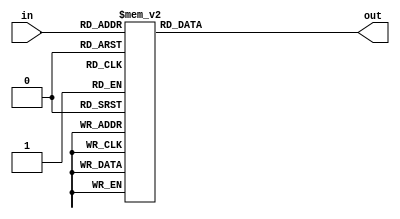
module S3(in, out);
  input [5:0] in;
  output reg [3:0] out;

  always @ (*) begin
   case (in)
    0 : out = 10;
    1 : out = 13;
    2 : out = 0;
    3 : out = 7;
    4 : out = 9;
    5 : out = 0;
    6 : out = 14;
    7 : out = 9;
    8 : out = 6;
    9 : out = 3;
    10 : out = 3;
    11 : out = 4;
    12 : out = 15;
    13 : out = 6;
    14 : out = 5;
    15 : out = 10;
    16 : out = 1;
    17 : out = 2;
    18 : out = 13;
    19 : out = 8;
    20 : out = 12;
    21 : out = 5;
    22 : out = 7;
    23 : out = 14;
    24 : out = 11;
    25 : out = 12;
    26 : out = 4;
    27 : out = 11;
    28 : out = 2;
    29 : out = 15;
    30 : out = 8;
    31 : out = 1;
    32 : out = 13;
    33 : out = 1;
    34 : out = 6;
    35 : out = 10;
    36 : out = 4;
    37 : out = 13;
    38 : out = 9;
    39 : out = 0;
    40 : out = 8;
    41 : out = 6;
    42 : out = 15;
    43 : out = 9;
    44 : out = 3;
    45 : out = 8;
    46 : out = 0;
    47 : out = 7;
    48 : out = 11;
    49 : out = 4;
    50 : out = 1;
    51 : out = 15;
    52 : out = 2;
    53 : out = 14;
    54 : out = 12;
    55 : out = 3;
    56 : out = 5;
    57 : out = 11;
    58 : out = 10;
    59 : out = 5;
    60 : out = 14;
    61 : out = 2;
    62 : out = 7;
    63 : out = 12;
  endcase
  end
endmodule